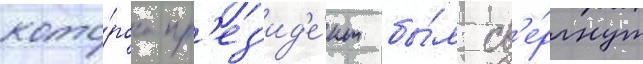
кото́рого пр'ез'ид'е́нт бы́л св'е́ргнут